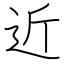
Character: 近